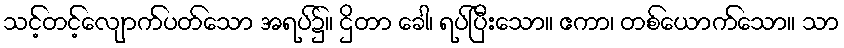
သင့်တင့်လျောက်ပတ်သော အရပ်၌။ ဌိတာ ခေါ၊ ရပ်ပြီးသော။ ဧကာ၊ တစ်ယောက်သော။ သာ